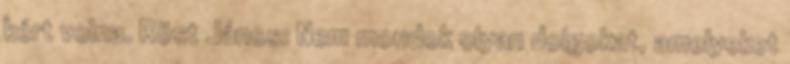
kért volna. Röst János: Nem mondok olyan dolgokat, amelyeket